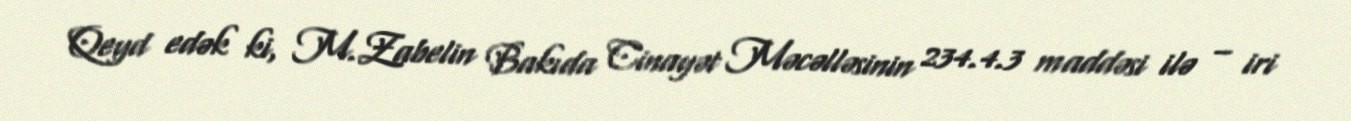
Qeyd edək ki, M.Zabelin Bakıda Cinayət Məcəlləsinin 234.4.3 maddəsi ilə – iri